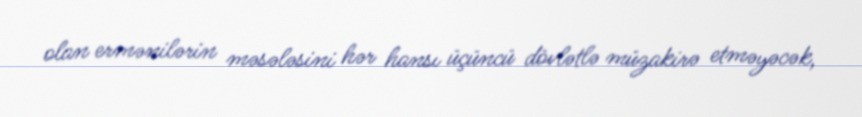
olan ermənilərin məsələsini hər hansı üçüncü dövlətlə müzakirə etməyəcək,